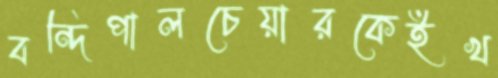
বন্দিপালচেয়ারকেইখ